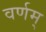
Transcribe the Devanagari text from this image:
वर्णम्